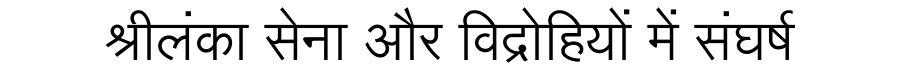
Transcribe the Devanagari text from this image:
श्रीलंका सेना और विद्रोहियों में संघर्ष